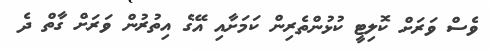
ވެސް ވަރަށް ކޮލިޓީ ކުޅުންތެރިން ކަމަށާއި އޭގެ އިތުރުން ވަރަށް ގާތް ދެ